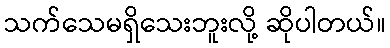
သက်သေမရှိသေးဘူးလို့ ဆိုပါတယ်။